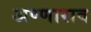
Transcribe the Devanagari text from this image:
अण्णाराव